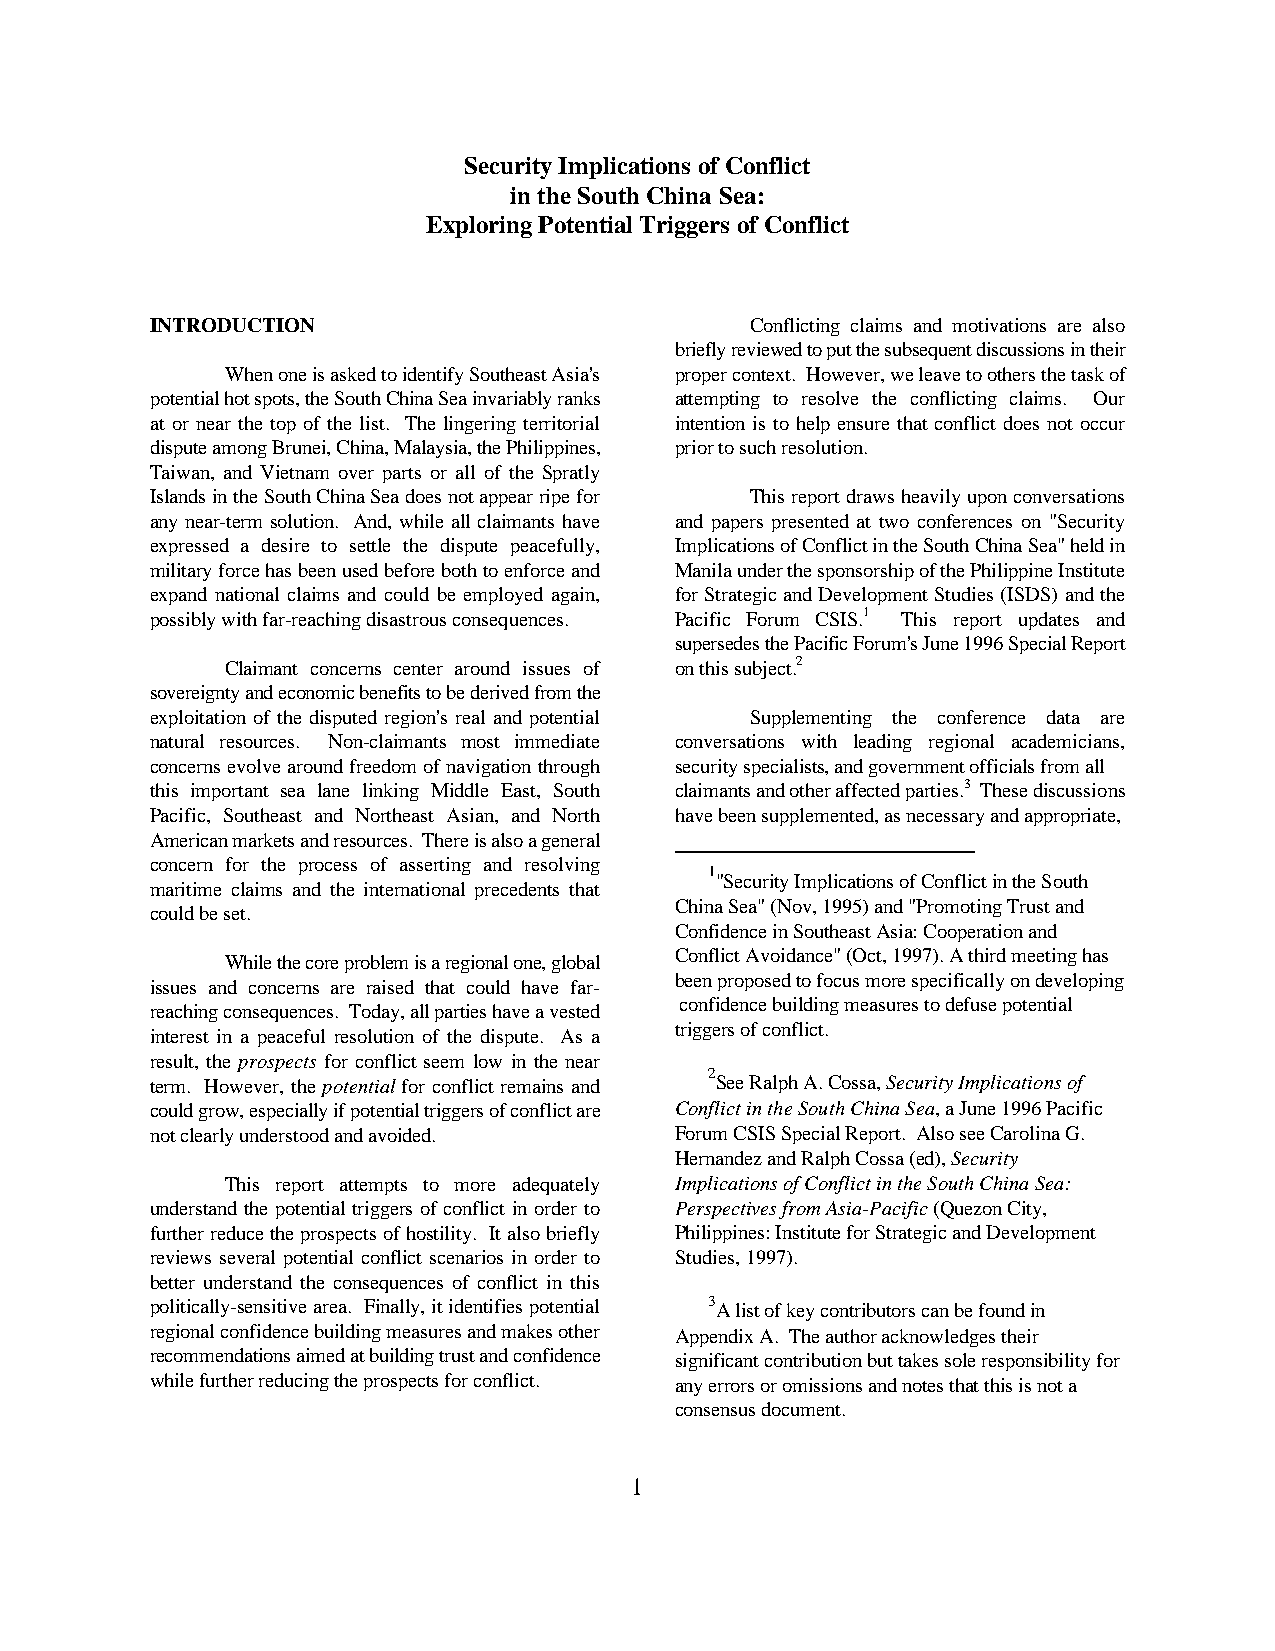
Security Implications of Conflict
 in the South China Sea:
 Exploring Potential Triggers of Conflict
 INTRODUCTION                            Conflicting claims and motivations are also
 briefly reviewed to put the subsequent discussions in their
 When one is asked to identify Southeast Asia's proper context. However, we leave to others the task of
 potential hot spots, the South China Sea invariably ranks attempting to resolve the conflicting claims. Our
 at or near the top of the list. The lingering territorial intention is to help ensure that conflict does not occur
 dispute among Brunei, China, Malaysia, the Philippines, prior to such resolution.
 Taiwan, and Vietnam over parts or all of the Spratly
 Islands in the South China Sea does not appear ripe for This report draws heavily upon conversations
 any near-term solution. And, while all claimants have and papers presented at two conferences on "Security
 expressed a desire to settle the dispute peacefully, Implications of Conflict in the South China Sea" held in
 military force has been used before both to enforce and Manila under the sponsorship of the Philippine Institute
 expand national claims and could be employed again, for Strategic and Development Studies (ISDS) and the
 possibly with far-reaching disastrous consequences. Pacific Forum CSIS.1 This report updates and
 supersedes the Pacific Forum's June 1996 Special Report
 Claimant concerns center around issues of on this subject.2
 sovereignty and economic benefits to be derived from the
 exploitation of the disputed region's real and potential Supplementing the conference data are
 natural resources. Non-claimants most immediate conversations with leading regional academicians,
 concerns evolve around freedom of navigation through security specialists, and government officials from all
 this important sea lane linking Middle East, South claimants and other affected parties.3 These discussions
 Pacific, Southeast and Northeast Asian, and North have been supplemented, as necessary and appropriate,
 American markets and resources. There is also a general
 concern for the process of asserting and resolving
 1
 "Security Implications of Conflict in the South
 maritime claims and the international precedents that
 China Sea" (Nov, 1995) and "Promoting Trust and
 could be set.
 Confidence in Southeast Asia: Cooperation and
 Conflict Avoidance" (Oct, 1997). A third meeting has
 While the core problem is a regional one, global
 been proposed to focus more specifically on developing
 issues and concerns are raised that could have far-
 confidence building measures to defuse potential
 reaching consequences. Today, all parties have a vested
 triggers of conflict.
 interest in a peaceful resolution of the dispute. As a
 result, the prospects for conflict seem low in the near
 term. However, the potential for conflict remains and
 2
 See Ralph A. Cossa, Security Implications of
 could grow, especially if potential triggers of conflict are Conflict in the South China Sea, a June 1996 Pacific
 not clearly understood and avoided. Forum CSIS Special Report. Also see Carolina G.
 Hernandez and Ralph Cossa (ed), Security
 This report attempts to more adequately Implications of Conflict in the South China Sea:
 understand the potential triggers of conflict in order to Perspectives from Asia-Pacific (Quezon City,
 further reduce the prospects of hostility. It also briefly Philippines: Institute for Strategic and Development
 reviews several potential conflict scenarios in order to Studies, 1997).
 better understand the consequences of conflict in this
 politically-sensitive area. Finally, it identifies potential 3 A list of key contributors can be found in
 regional confidence building measures and makes other Appendix A. The author acknowledges their
 recommendations aimed at building trust and confidence significant contribution but takes sole responsibility for
 while further reducing the prospects for conflict. any errors or omissions and notes that this is not a
 consensus document.
 1